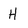
Character: H